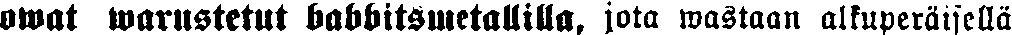
owat warustetut babbitsmetallilla, jota wastaan alkuperäisellä